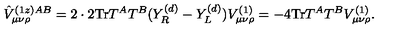
\hat { V } _ { \mu \nu \rho } ^ { ( 1 z ) A B } = 2 \cdot 2 \mathrm { T r } T ^ { A } T ^ { B } ( Y _ { R } ^ { ( d ) } - Y _ { L } ^ { ( d ) } ) V _ { \mu \nu \rho } ^ { ( 1 ) } = - 4 \mathrm { T r } T ^ { A } T ^ { B } V _ { \mu \nu \rho } ^ { ( 1 ) } .